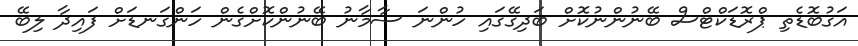
އަގުބޮޑެތި ޕްރޮޑަކްޓްސް ބޭނުންނުކޮށް ބަދިގޭގައި ހުންނަ ސާމާނު ބޭނުންކޮށްގެން ހަންގަނޑަށް ފައިދާ ލިބޭ